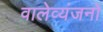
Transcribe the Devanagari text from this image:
वालेव्यंजनों